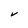
Character: v